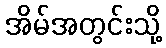
အိမ်အတွင်းသို့